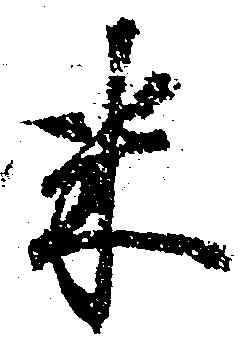
米